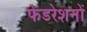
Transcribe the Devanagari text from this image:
फेडरेशनों